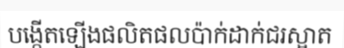
បង្កើតឡើងផលិតផលប៉ាក់ដាក់ជរស្អាត